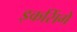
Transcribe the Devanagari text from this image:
इकसिंगें